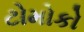
ટોમોકો